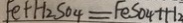
F e + H _ { 2 } S O _ { 4 } = F e S O _ { 4 } + H _ { 2 }